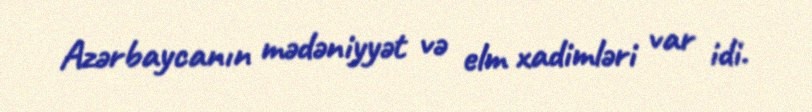
Azərbaycanın mədəniyyət və elm xadimləri var idi.